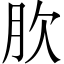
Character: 肷